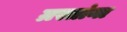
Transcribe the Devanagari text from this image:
ग्रस्तांना